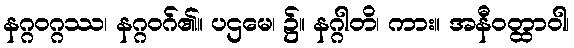
နဂ္ဂဝဂ္ဂဿ၊ နဂ္ဂဝဂ်၏။ ပဌမေ၊ ၌။ နဂ္ဂါတိ၊ ကား။ အနီဝတ္ထာဝါ၊